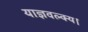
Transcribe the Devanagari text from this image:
याज्ञवल्क्य।